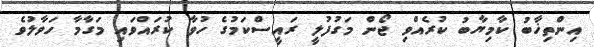
އިންތިޚާބު ކާމިޔާބު ކުރެއްވި ޖޯން މަގުފުލީ ރައީސްކަމުގެ ހުވާ ކުރައްވައި މަގާމާ ހަވާލުވެ